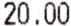
20.00